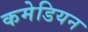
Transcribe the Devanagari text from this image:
कमेडियन